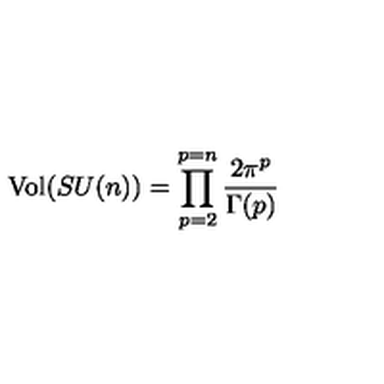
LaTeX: \mathrm { V o l } ( S U ( n ) ) = \prod _ { p = 2 } ^ { p = n } \frac { 2 \pi ^ { p } } { \Gamma ( p ) }